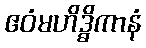
ဧဝံမဟိဒ္ဓိကာနံ